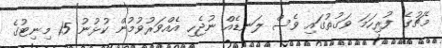
މެޗުގެ ފުރިހަމަ ވަގުތުގައި ވެސް ލަނޑެއް ނުޖެހި އެއްވަރުވުމުން ކުޅުނު 15 މިނިޓުގެ